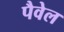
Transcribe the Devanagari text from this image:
पैवेल